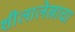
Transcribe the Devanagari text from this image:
शीलालेखाचा